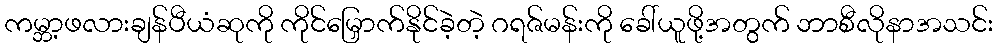
ကမ္ဘာ့ဖလားချန်ပီယံဆုကို ကိုင်မြှောက်နိုင်ခဲ့တဲ့ ဂရဇ်မန်းကို ခေါ်ယူဖို့အတွက် ဘာစီလိုနာအသင်း